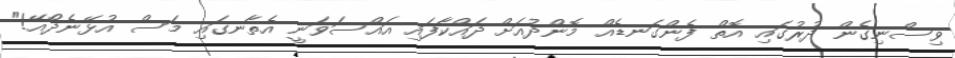
ވިސްނިގެން ދުރުގައި އޮތް ފެންގަނޑެއް މޮންދުއަށް ދައްކާފައި އައްސަވަނީ އެތާނގައި މަސް އުޅޭނެދޯއޭ!"